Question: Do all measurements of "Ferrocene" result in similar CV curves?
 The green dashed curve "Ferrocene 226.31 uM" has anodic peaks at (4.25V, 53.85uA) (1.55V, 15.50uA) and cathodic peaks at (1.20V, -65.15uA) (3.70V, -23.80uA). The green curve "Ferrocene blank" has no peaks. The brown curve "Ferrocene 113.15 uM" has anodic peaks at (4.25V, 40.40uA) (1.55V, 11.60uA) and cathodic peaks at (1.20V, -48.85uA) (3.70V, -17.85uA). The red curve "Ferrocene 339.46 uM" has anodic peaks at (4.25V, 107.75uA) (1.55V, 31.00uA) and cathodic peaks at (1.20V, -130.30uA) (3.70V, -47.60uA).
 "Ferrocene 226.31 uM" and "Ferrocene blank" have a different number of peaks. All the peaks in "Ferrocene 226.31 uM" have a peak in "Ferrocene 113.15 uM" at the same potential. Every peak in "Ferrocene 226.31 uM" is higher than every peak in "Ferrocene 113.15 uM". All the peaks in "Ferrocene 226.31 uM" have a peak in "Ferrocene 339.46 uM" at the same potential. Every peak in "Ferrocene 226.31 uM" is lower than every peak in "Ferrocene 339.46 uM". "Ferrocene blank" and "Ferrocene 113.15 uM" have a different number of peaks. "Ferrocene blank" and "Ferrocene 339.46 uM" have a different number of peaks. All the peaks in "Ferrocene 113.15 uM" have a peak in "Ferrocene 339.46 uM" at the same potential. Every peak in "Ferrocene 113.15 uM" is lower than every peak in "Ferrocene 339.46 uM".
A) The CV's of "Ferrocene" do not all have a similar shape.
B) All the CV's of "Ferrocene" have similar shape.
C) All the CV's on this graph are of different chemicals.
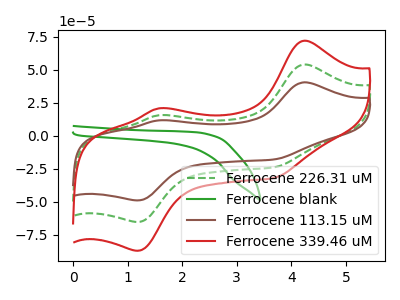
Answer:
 <answer>B) All the CV's of "Ferrocene" have similar shape.</answer>
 <eval>B</eval>